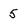
Character: 5